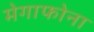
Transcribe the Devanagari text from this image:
मेगाफोना